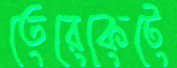
তেরেকেটে